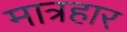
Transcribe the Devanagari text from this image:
मात्रहार